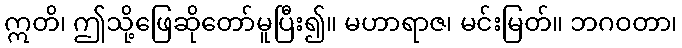
ဣတိ၊ ဤသို့ဖြေဆိုတော်မူပြီး၍။ မဟာရာဇ၊ မင်းမြတ်။ ဘဂဝတာ၊